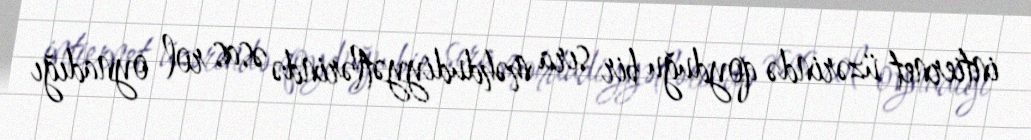
intiernet üzərində qoyduğu bir sıra məhdudiyyətlərində əsas rol oynadığı